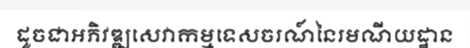
ដូចជាអភិវឌ្ឍសេវាកម្មទេសចរណ៍នៃរមណីយដ្ឋាន